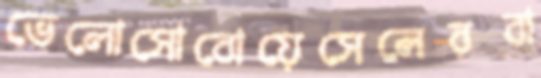
ভেলোসোবোয়েসেলেরবা